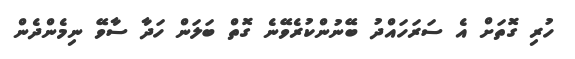
ހުރި ގޮތަށް އެ ސަރަހައްދު ބޭނުންކުރެވޭނެ ގޮތް ބަލަން ހަދާ ސާވޭ ނިމެންދެން